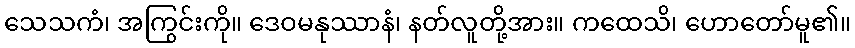
သေသကံ၊ အကြွင်းကို။ ဒေဝမနုဿာနံ၊ နတ်လူတို့အား။ ကထေသိ၊ ဟောတော်မူ၏။